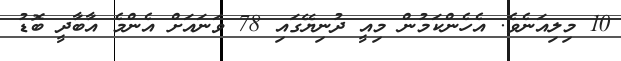
10 މިލިއަނެވެ. އެހެންކަމުން މިއީ ދުނިޔޭގައި 78 ވަނައަށް އެންމެ އާބާދީ ބޮޑު